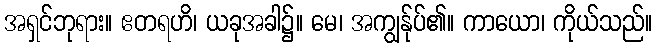
အရှင်ဘုရား။ ဧတရဟိ၊ ယခုအခါ၌။ မေ၊ အကျွန်ုပ်၏။ ကာယော၊ ကိုယ်သည်။